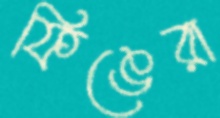
ফিঙেরা